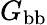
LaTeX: G_{\mathrm{bb}}